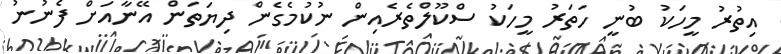
އިތުރު މީހަކު ބުނީ ހަތަރު މީހަކު ސްކޫލްތެރެއިން ނުކުމެގެން ދިޔަތަން އޭނާއަށް ފެނުނު